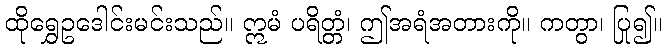
ထိုရွှေဥဒေါင်းမင်းသည်။ ဣမံ ပရိတ္တံ၊ ဤအရံအတားကို။ ကတွာ၊ ပြု၍။